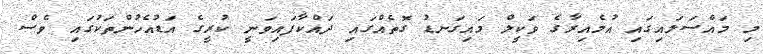
މި މައްސަލައިގައި އުމެއިރާގެ ވަކީލް މައިގަނޑު ގޮތެއްގައި ދައްކާފައިވަނީ ކުރީގެ އަޑުއެހުންތަކުގައި ވެސް